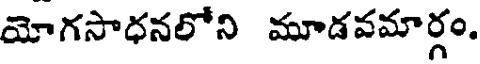
యోగసాధనలోని మూడవమార్గం.